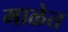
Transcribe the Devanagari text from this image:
माळेत